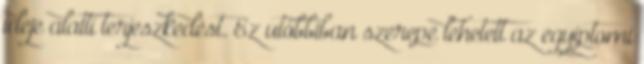
ideje alatti terjeszkedést. Ez utóbbiban szerepe lehetett az egyiptomi